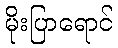
မိုးပြာရောင်